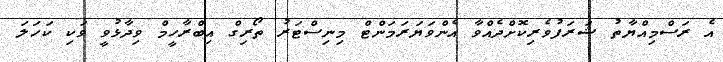
އެ ރަސްމިއްޔާތު ޝަރަފުވެރިކޮށްދެއްވާ އެންވަޔަރަމަންޓް މިނިސްޓަރު ތޯރިގް އިބްރާހީމް ވިދާޅުވީ ވަކި ކަހަލަ